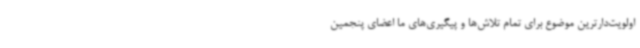
اولویت‌دارترین موضوع برای تمام تلاش‌ها و پیگیری‌های ما اعضای پنجمین